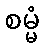
စမ္မံ